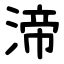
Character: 渧